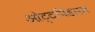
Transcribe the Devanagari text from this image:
ओट्टपिडारम